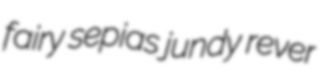
fairy sepias jundy rever